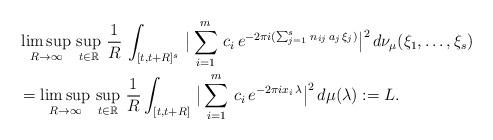
LaTeX: \begin{align*}&\limsup_{R\to \infty}\,\sup_{t\in \mathbb{R}}\,\frac{1}{R}\,\int_{[t, t+R]^s}\,\big|\sum_{i=1}^m\,c_i\,e^{-2\pi i (\sum_{j=1}^s\,n_{ij}\,a_j\,\xi_j)}\big|^2\,d\nu_{\mu}(\xi_1,\dots,\xi_s)\\&=\limsup_{R\to \infty}\,\sup_{t\in \mathbb{R}}\,\frac{1}{R}\int_{[t, t+R]}\,\big|\sum_{i=1}^m\,c_i\,e^{-2\pi i x_i\,\lambda}\big|^2\,d\mu(\lambda):=L.\end{align*}